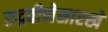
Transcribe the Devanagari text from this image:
रुद्रवीणेसारखे